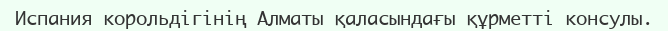
Испания корольдігінің Алматы қаласындағы құрметті консулы.